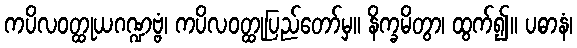
ကပိလဝတ္ထုယဂဏ္ဍဗ္ဗံ၊ ကပိလဝတ္ထုပြည်တော်မှ။ နိက္ခမိတွာ၊ ထွက်၍။ ပဓာနံ၊